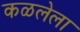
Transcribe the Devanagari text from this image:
कळलेला